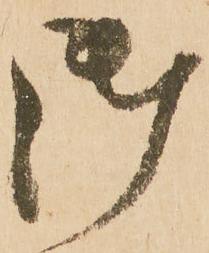
御